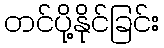
တင်ပို့နိုင်ခြင်း